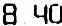
8.40